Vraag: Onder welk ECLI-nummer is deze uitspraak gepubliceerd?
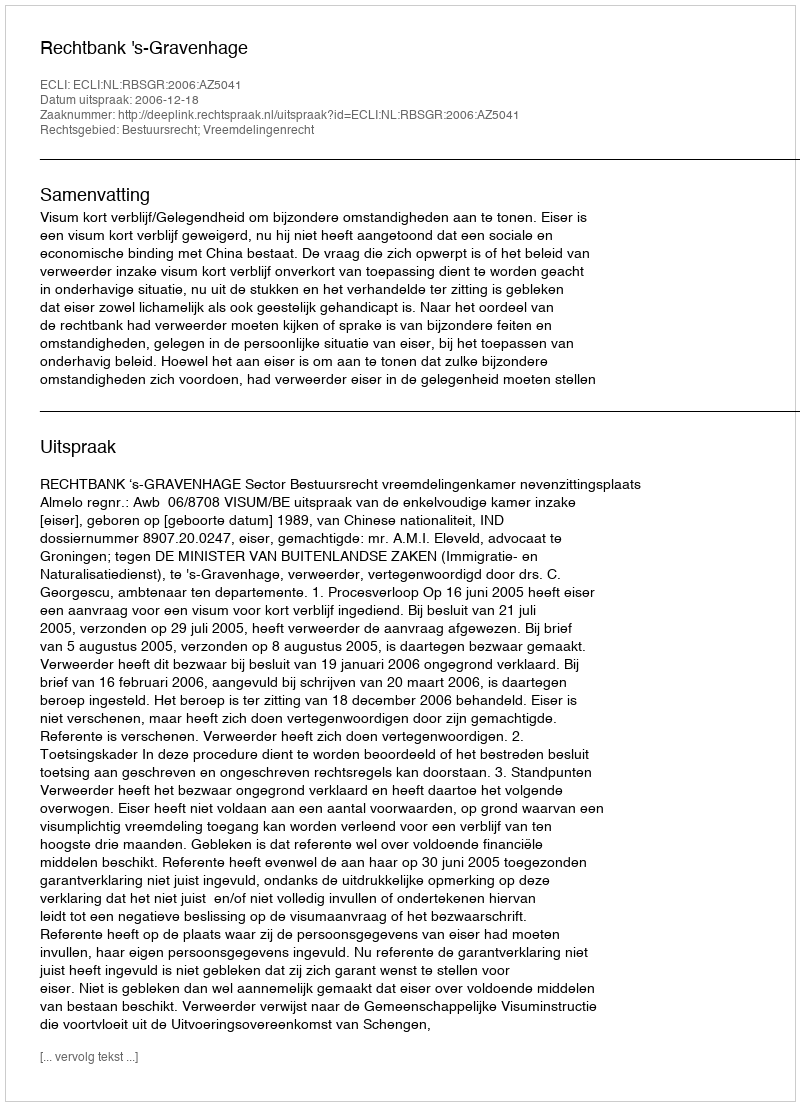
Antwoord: ECLI:NL:RBSGR:2006:AZ5041